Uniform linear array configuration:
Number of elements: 16
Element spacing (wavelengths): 0.25
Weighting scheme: exponential
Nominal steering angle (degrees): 60
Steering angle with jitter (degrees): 60.801
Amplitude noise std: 0.05
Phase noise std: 0.05

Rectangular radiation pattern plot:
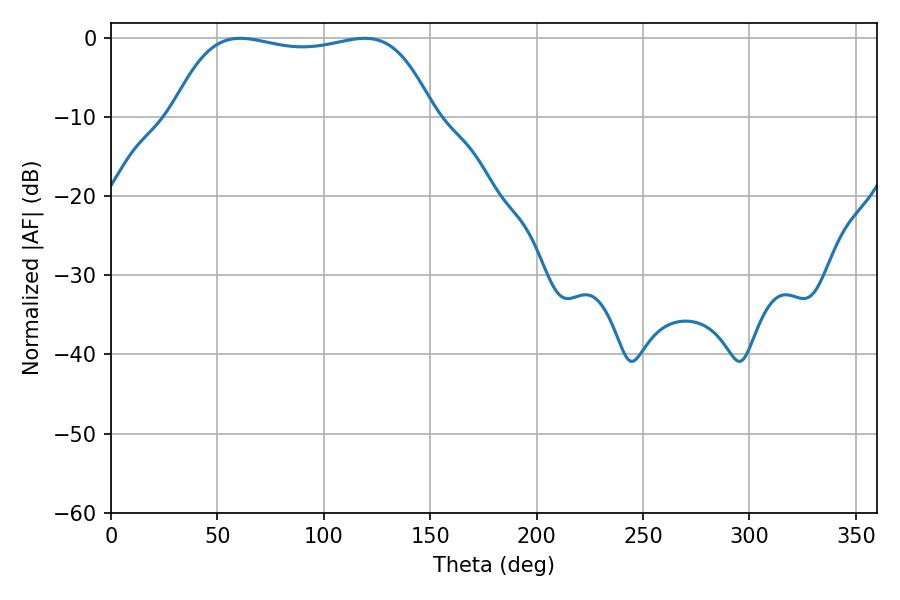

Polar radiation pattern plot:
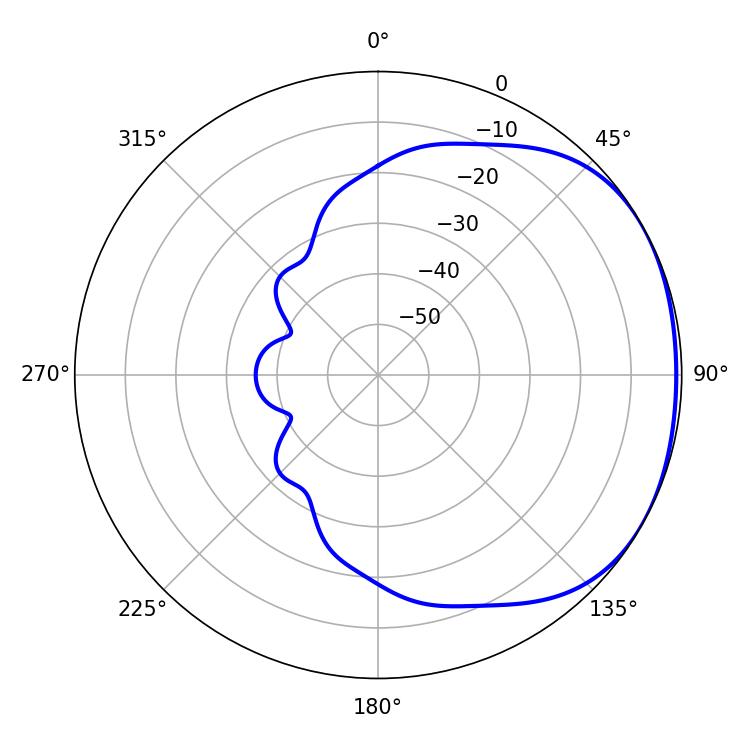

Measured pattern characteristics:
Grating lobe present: FALSE
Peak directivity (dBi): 1.562
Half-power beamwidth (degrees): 97.92
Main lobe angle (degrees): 60.84